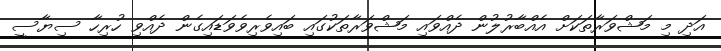
އަދި މި މަޝްވަރާތަކަށް އެއްބާރުލުން ދެއްވައި މަޝްވަރާތަކުގައި ބައިވެރިވެވަޑައިގެން ދެއްވި ހުރިހާ ސިޔާސީ